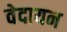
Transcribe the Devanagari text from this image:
वेदायन